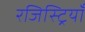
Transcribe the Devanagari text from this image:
रजिस्ट्रियाँ